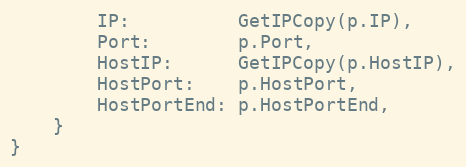
Language: Go
		IP:          GetIPCopy(p.IP),
		Port:        p.Port,
		HostIP:      GetIPCopy(p.HostIP),
		HostPort:    p.HostPort,
		HostPortEnd: p.HostPortEnd,
	}
}